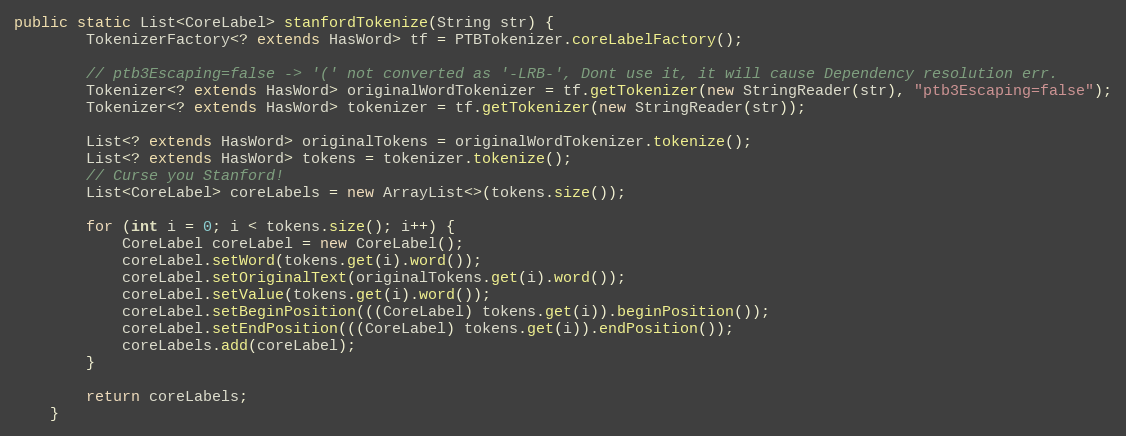
Language: Java
public static List<CoreLabel> stanfordTokenize(String str) {
        TokenizerFactory<? extends HasWord> tf = PTBTokenizer.coreLabelFactory();

        // ptb3Escaping=false -> '(' not converted as '-LRB-', Dont use it, it will cause Dependency resolution err.
        Tokenizer<? extends HasWord> originalWordTokenizer = tf.getTokenizer(new StringReader(str), "ptb3Escaping=false");
        Tokenizer<? extends HasWord> tokenizer = tf.getTokenizer(new StringReader(str));

        List<? extends HasWord> originalTokens = originalWordTokenizer.tokenize();
        List<? extends HasWord> tokens = tokenizer.tokenize();
        // Curse you Stanford!
        List<CoreLabel> coreLabels = new ArrayList<>(tokens.size());

        for (int i = 0; i < tokens.size(); i++) {
            CoreLabel coreLabel = new CoreLabel();
            coreLabel.setWord(tokens.get(i).word());
            coreLabel.setOriginalText(originalTokens.get(i).word());
            coreLabel.setValue(tokens.get(i).word());
            coreLabel.setBeginPosition(((CoreLabel) tokens.get(i)).beginPosition());
            coreLabel.setEndPosition(((CoreLabel) tokens.get(i)).endPosition());
            coreLabels.add(coreLabel);
        }

        return coreLabels;
    }